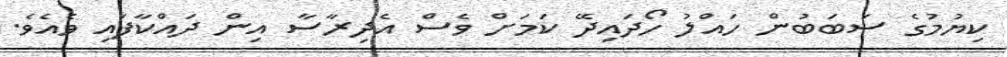
ކިޔުމުގެ ސަބަބުން ހައްލު ހޯދައިދޭ ކަމަށް ވެސް އެދިރާސާ އިން ދައްކާފައި ވެއެވެ.